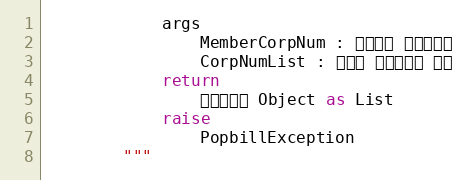
Language: Python
            args
                MemberCorpNum : 팝빌회원 사업자번호
                CorpNumList : 조회할 사업자번호 배열
            return
                휴폐업정보 Object as List
            raise
                PopbillException
        """